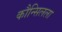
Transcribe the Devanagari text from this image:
कौन्सिलला